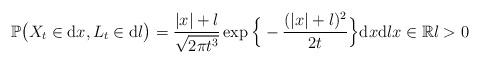
LaTeX: \begin{align*}\mathbb{P} \big( X_t \in \mathrm{d}x , L_t \in \mathrm{d}l \big) = \frac{|x| + l}{ \sqrt{2 \pi t^3}} \exp \Big\{ - \frac{(|x| + l)^2}{2 t}\Big\} \mathrm{d}x \mathrm{d}l x \in \mathbb{R} l > 0 \end{align*}